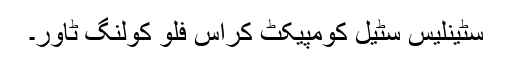
سٹینلیس سٹیل کومپیکٹ کراس فلو کولنگ ٹاور۔